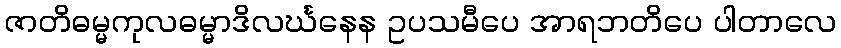
ဇာတိဓမ္မကုလဓမ္မာဒိလင်္ဃနေန ဥပသမီပေ အာရဘတိပေ ပါတာလေ